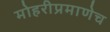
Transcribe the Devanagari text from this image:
मोहरीप्रमाणेच